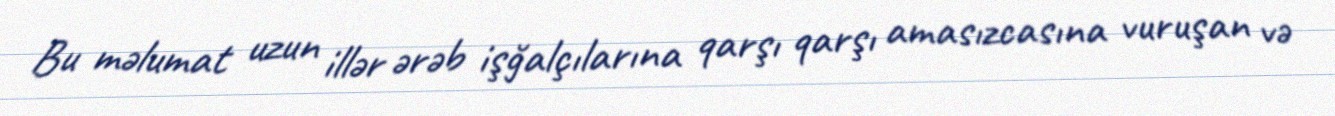
Bu məlumat uzun illər ərəb işğalçılarına qarşı qarşı amasızcasına vuruşan və